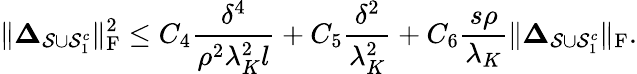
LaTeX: \| \boldsymbol{\Delta}_{\mathcal{S}\cup\mathcal{S}_{1}^{c}}\| _{\mathrm{F}}^{2}\leq C_{4}\frac{\delta^{4}}{\rho^{2}\lambda_{K}^{2}l}+C_{5}\frac{\delta^{2}}{\lambda_{K}^{2}}+C_{6}\frac{s\rho}{\lambda_{K}}\| \boldsymbol{\Delta}_{\mathcal{S}\cup\mathcal{S}_{1}^{c}}\| _{\mathrm{F}}.